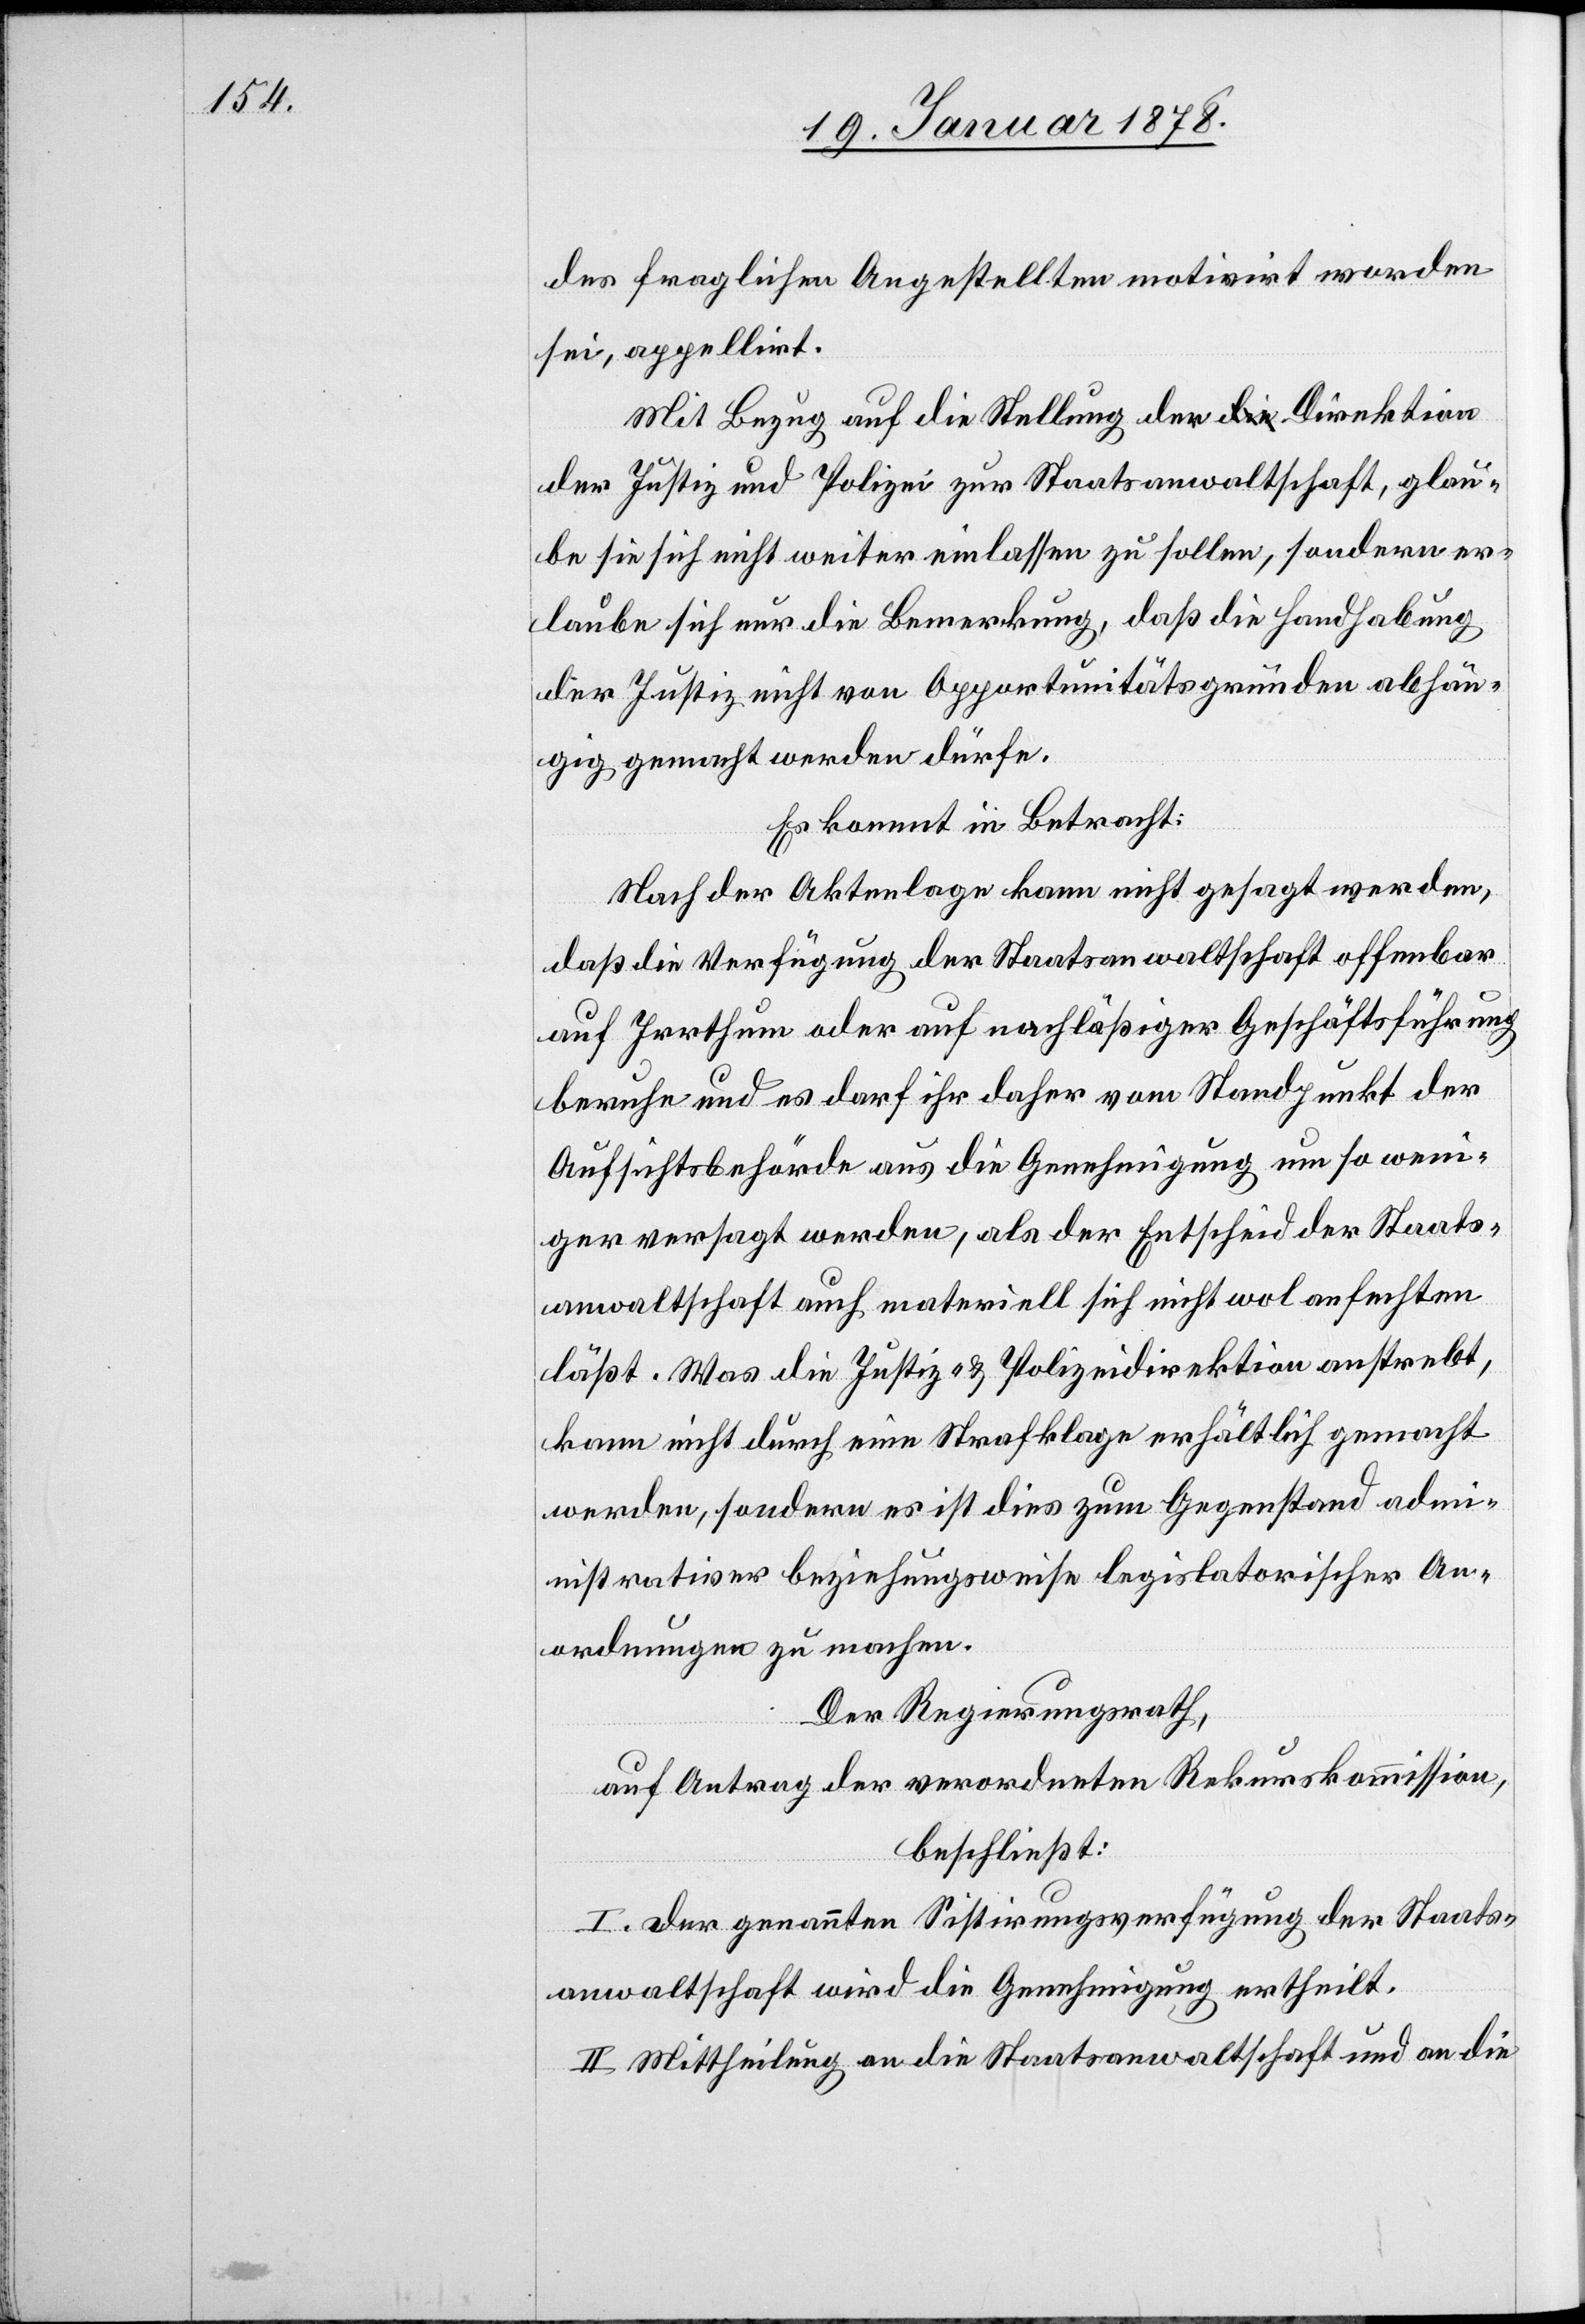
der fraglichen Angestellten motivirt worden
sei, appellirt.
Mit Bezug auf die Stellung der Direktion
der Justiz und Polizei zur Staatsanwaltschaft, glau¬
be sie sich nicht weiter einlassen zu sollen, sondern er¬
laube sich nur die Bemerkung, daß die Handhabung
der Justiz nicht von Opportunitätsgründen abhän¬
gig gemacht werden dürfe.
Es kommt in Betracht:
Nach der Aktenlage kann nicht gesagt werden,
daß die Verfügung der Staatsanwaltschaft offenbar
auf Irrthum oder auf nachlässiger Geschäftsführung
beruhe und es darf ihr daher vom Standpunkt der
Aufsichtsbehörde aus die Genehmigung um so weni¬
ger versagt werden, als der Entscheid der Staats¬
anwaltschaft auch materiell sich nicht wol anfechten
läßt. Was die Justiz- & Polizeidirektion anstrebt,
kann nicht durch eine Strafklage erhältlich gemacht
werden, sondern es ist dies zum Gegenstand adm¬
inistrativer beziehungsweise legislatorischer An¬
ordnungen zu machen.
Der Regierungsrath,
auf Antrag der verordneten Rekurskommission,
beschließt:
I. Der genannten Sistirungsverfügung der Staats¬
anwaltschaft wird die Genehmigung ertheilt.
II. Mittheilung an die Staatsanwaltschaft und an die